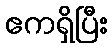
ဧကရှိပြီး